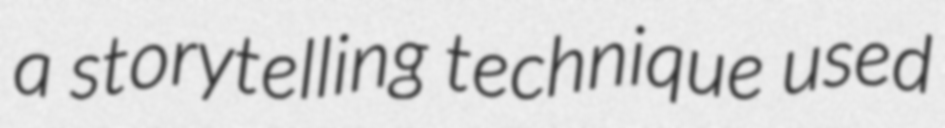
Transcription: a storytelling technique used